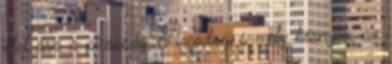
élet ára a pirosság, Arcodon, s mely környez, az